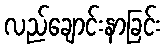
လည်ချောင်းနာခြင်း